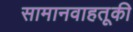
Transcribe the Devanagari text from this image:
सामानवाहतूकी